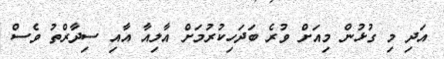
އަދި މި ގުޅުން މިއަށް ވުރެ ބަދަހިކުރުމަށް އާލިއާ އާއި ސިދާރްތު ވެސް